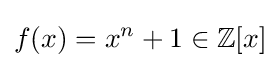
f(x)=x^{n}+1\in \mathbb {Z} [x]